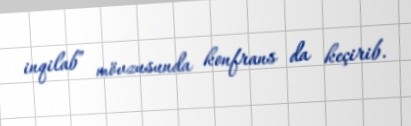
inqilab” mövzusunda konfrans da keçirib.